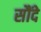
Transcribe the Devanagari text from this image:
सौंदे